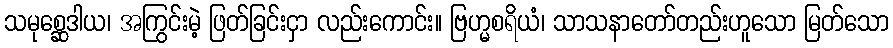
သမုစ္ဆေဒါယ၊ အကြွင်းမဲ့ ဖြတ်ခြင်းငှာ လည်းကောင်း။ ဗြဟ္မစရိယံ၊ သာသနာတော်တည်းဟူသော မြတ်သော